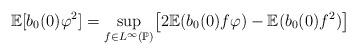
LaTeX: \begin{align*}\mathbb{E}[b_{0}(0)\varphi ^{2}]=\sup_{f\in L^{\infty }(\mathbb{P})}\bigl[2\mathbb{E}(b_{0}(0)f\varphi )-\mathbb{E}(b_{0}(0)f^{2})\bigr]\end{align*}